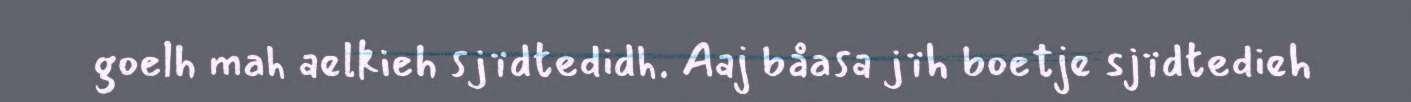
goelh mah aelkieh sjïdtedidh. Aaj båasa jïh boetje sjïdtedieh